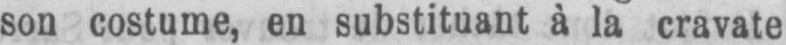
son costume, en substituant à la cravate